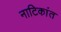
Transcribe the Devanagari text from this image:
नाटिकांत